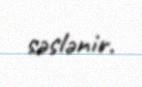
səslənir.